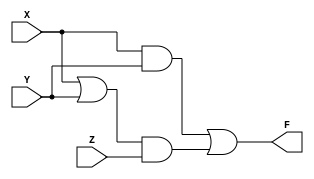
//Descripcin de las compuertas lgicas en Verilog
module funcion_logica(input X,Y,Z, output F);
  wire t1,t2,t3;
  and C1 (t1,X,Y);
  or C2 (t2,X,Y);
  and C3 (t3,t2,Z);
  or C4 (F,t1,t3);
  //wire F = (X & Y) | ((X | Y) & Z);
  //reg F;
  //always @(X or Y or Z)
  //    F = (X & Y) | ((X | Y) & Z);
endmodule